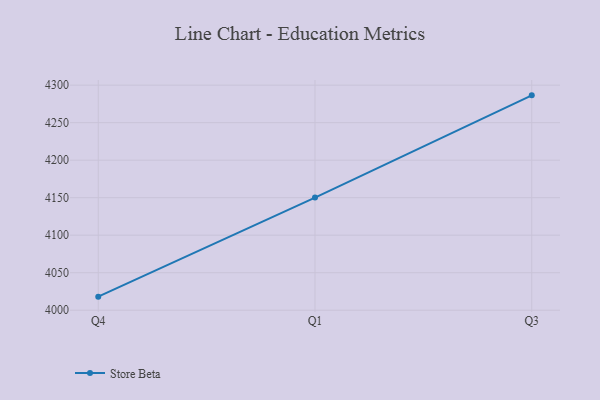
{"axis": {"x": "Quarter", "y": "Inventory Turnover"}, "legend": ["Store Beta"], "data": [{"x": "Q4", "y": 4018.1, "type": "Store Beta"}, {"x": "Q1", "y": 4150.2, "type": "Store Beta"}, {"x": "Q3", "y": 4286.4, "type": "Store Beta"}]}